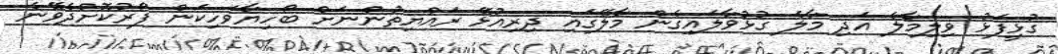
ގުޅީފަޅު ވިލިމާލެ އަދި މާލެ ގުޅުވާލައިގެން މާލޭގައި ދިރިއުޅޭ ރައްޔިތުންނަށް ބޯހިޔާވަހިކަން ފޯރުކޮށްދެވޭނެ